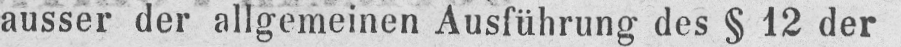
ausser der allgemeinen Ausführung des § 12 der